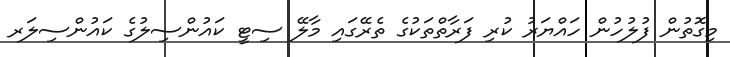
މިގޮތުން ފުލުހުން ހައްޔަރު ކުރި ފަރާތްތަކުގެ ތެރޭގައި މާލޭ ސިޓީ ކައުންސިލުގެ ކައުންސިލަރ